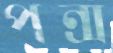
পন্স